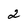
Character: 2